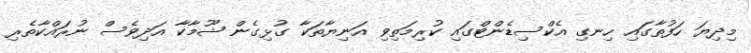
މިދިޔަ ހަފުތާގައި ހިނގި އެކްސިޑެންޓްގައި ކުރިމަތިވި އަނިޔާތަކާ ގުޅިގެން ޝޫމާކާ އަދިވެސް ނުރައްކާތެރި